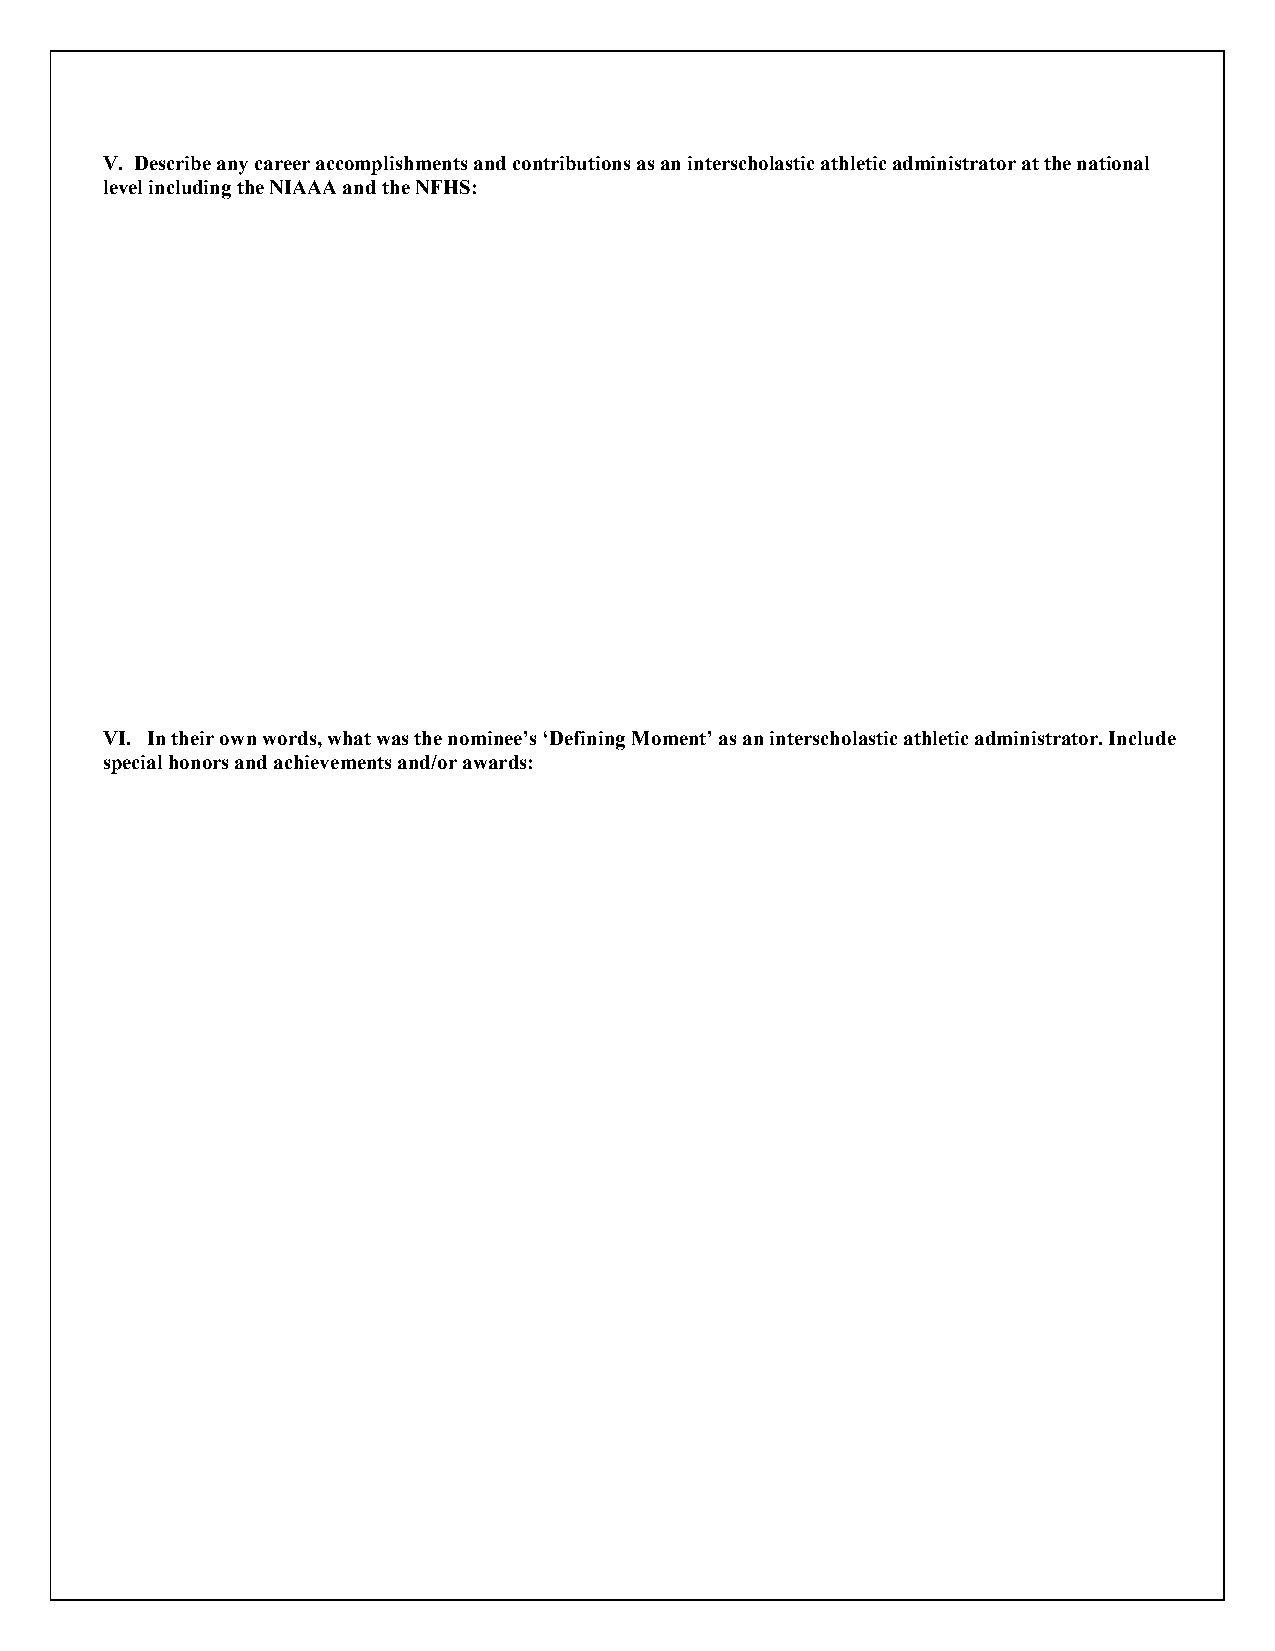
V. Describe any career accomplishments and contributions as an interscholastic athletic administrator at the national
 level including the NIAAA and the NFHS:
 VI. In their own words, what was the nominee’s ‘Defining Moment’ as an interscholastic athletic administrator. Include
 special honors and achievements and/or awards: